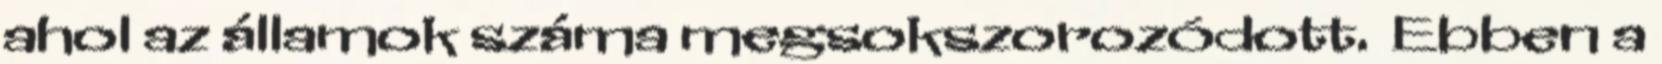
ahol az államok száma megsokszorozódott. Ebben a